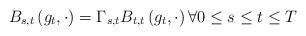
LaTeX: \begin{align*}B_{s,t}\left( g_{t},\cdot \right) =\Gamma _{s,t}B_{t,t}\left( g_{t},\cdot\right) \forall 0\leq s\leq t\leq T\end{align*}